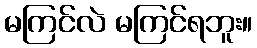
မကြင်လဲ မကြင်ရဘူး။